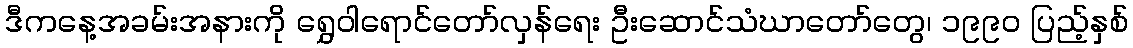
ဒီကနေ့အခမ်းအနားကို ရွှေဝါရောင်တော်လှန်ရေး ဦးဆောင်သံဃာတော်တွေ၊ ၁၉၉၀ ပြည့်နှစ်